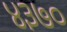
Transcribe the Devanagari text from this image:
४३७०